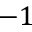
- 1